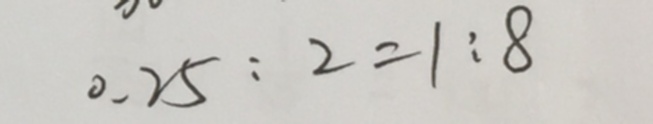
0 . 2 5 : 2 = 1 : 8